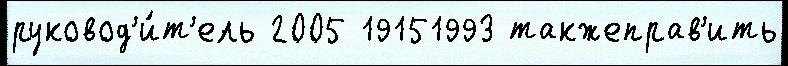
руковод'и́т'ель 2005 19151993 такжеправ'ить